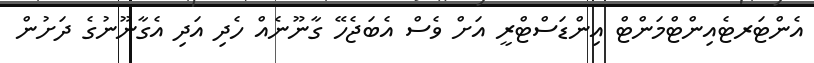
އެންޓަރޓެއިންޓްމަންޓް އިންޑަސްޓްރީ އަށް ވެސް އެބަޖެހޭ ގާނޫނެއް ހެދި އަދި އެގާނޫނުގެ ދަށުން